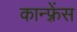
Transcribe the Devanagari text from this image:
कान्‍फ़्रेंस